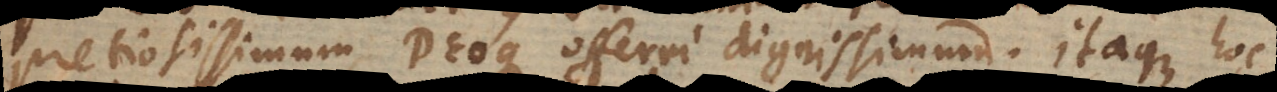
pretiosissimum Deoque offerri dignissimum. Itaque hoc